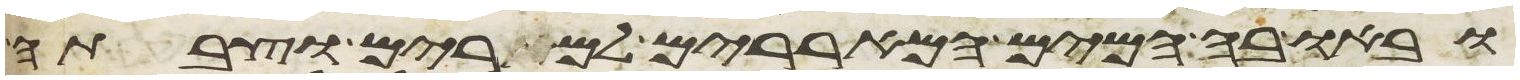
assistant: ובאו בה המים המאררים למרים וצבתה